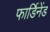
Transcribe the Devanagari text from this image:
फार्डिनेंड